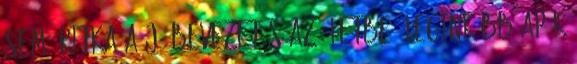
sem. Ritka a jó bevezetés az életbe. Leginkább apák